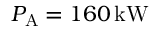
P _ { \mathrm { A } } = 1 6 0 \, \mathrm { k W }